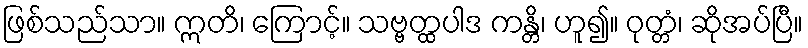
ဖြစ်သည်သာ။ ဣတိ၊ ကြောင့်။ သဗ္ဗတ္ထပါဒ ကန္တိ၊ ဟူ၍။ ဝုတ္တံ၊ ဆိုအပ်ပြီ။